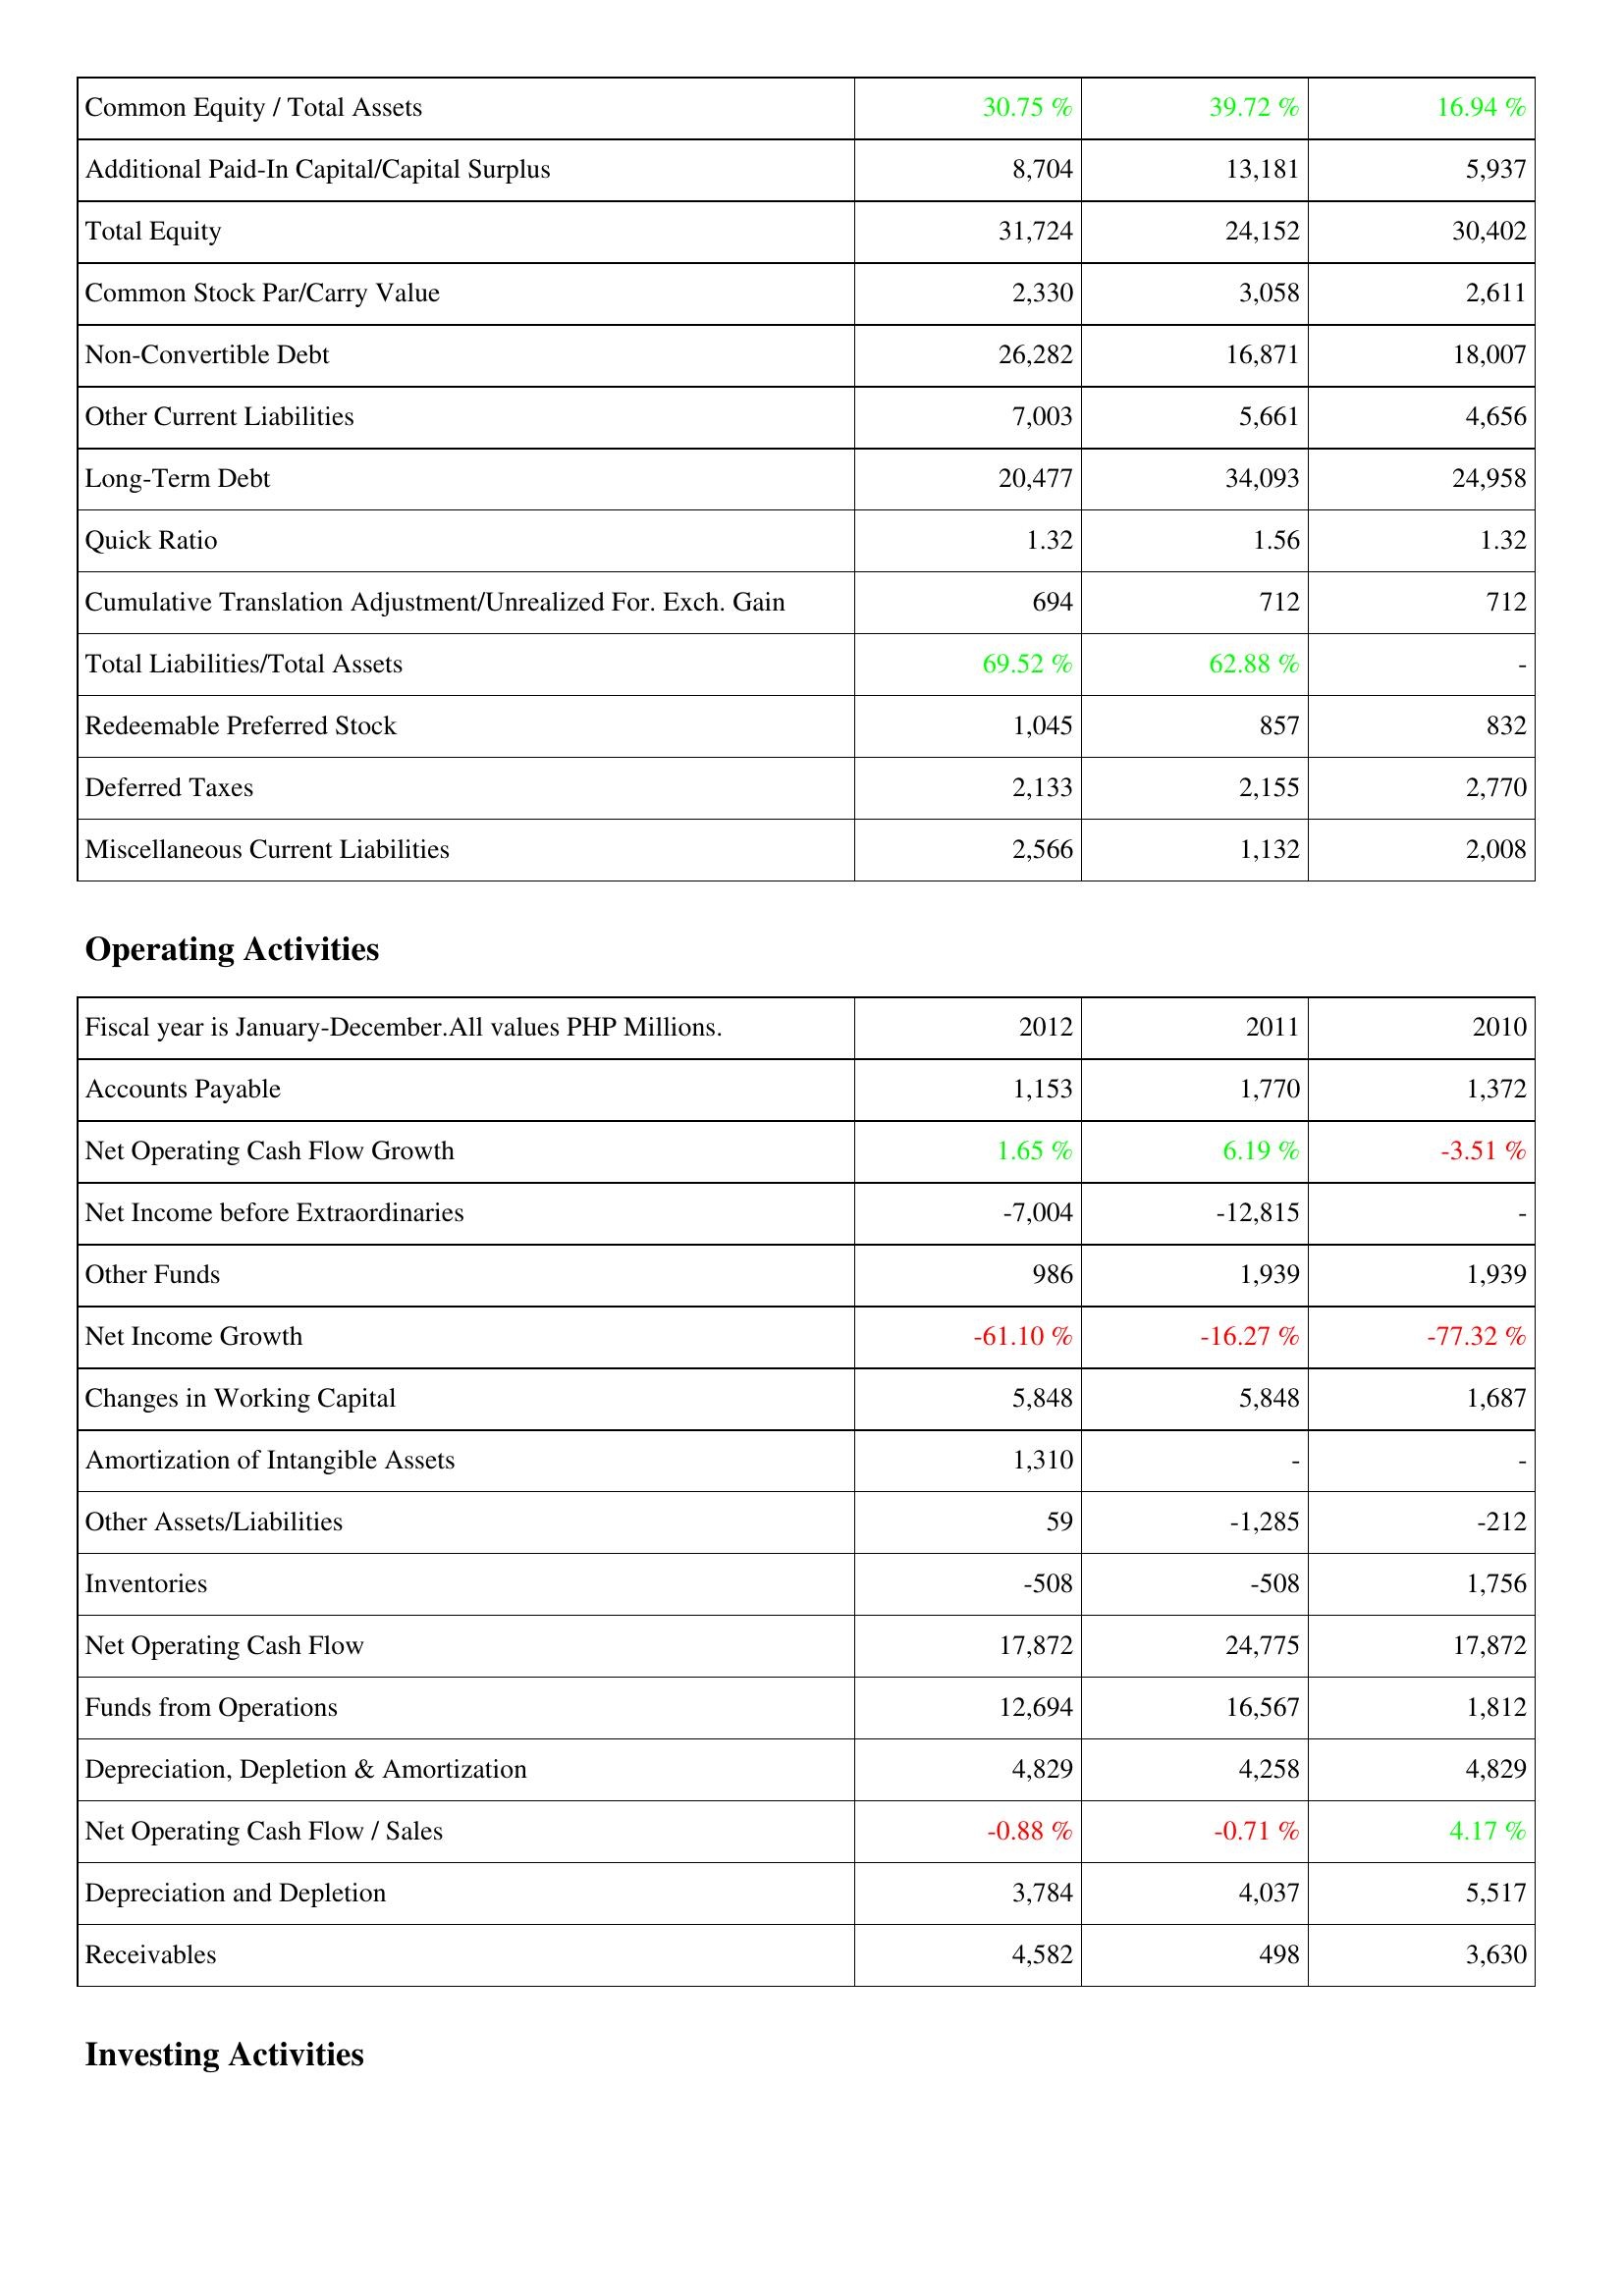
2012: Liabilities & Shareholders' Equity: Common Equity / Total Assets: 30.75 %
Additional Paid-In Capital/Capital Surplus: 8,704
Total Equity: 31,724
Common Stock Par/Carry Value: 2,330
Non-Convertible Debt: 26,282
Other Current Liabilities: 7,003
Long-Term Debt: 20,477
Quick Ratio: 1.32
Cumulative Translation Adjustment/Unrealized For. Exch. Gain: 694
Total Liabilities/Total Assets: 69.52 %
Redeemable Preferred Stock: 1,045
Deferred Taxes: 2,133
Miscellaneous Current Liabilities: 2,566
Operating Activities: Accounts Payable: 1,153
Net Operating Cash Flow Growth: 1.65 %
Net Income before Extraordinaries: -7,004
Other Funds: 986
Net Income Growth: -61.10 %
Changes in Working Capital: 5,848
Amortization of Intangible Assets: 1,310
Other Assets/Liabilities: 59
Inventories: -508
Net Operating Cash Flow: 17,872
Funds from Operations: 12,694
Depreciation, Depletion & Amortization: 4,829
Net Operating Cash Flow / Sales: -0.88 %
Depreciation and Depletion: 3,784
Receivables: 4,582
2011: Liabilities & Shareholders' Equity: Common Equity / Total Assets: 39.72 %
Additional Paid-In Capital/Capital Surplus: 13,181
Total Equity: 24,152
Common Stock Par/Carry Value: 3,058
Non-Convertible Debt: 16,871
Other Current Liabilities: 5,661
Long-Term Debt: 34,093
Quick Ratio: 1.56
Cumulative Translation Adjustment/Unrealized For. Exch. Gain: 712
Total Liabilities/Total Assets: 62.88 %
Redeemable Preferred Stock: 857
Deferred Taxes: 2,155
Miscellaneous Current Liabilities: 1,132
Operating Activities: Accounts Payable: 1,770
Net Operating Cash Flow Growth: 6.19 %
Net Income before Extraordinaries: -12,815
Other Funds: 1,939
Net Income Growth: -16.27 %
Changes in Working Capital: 5,848
Amortization of Intangible Assets: -
Other Assets/Liabilities: -1,285
Inventories: -508
Net Operating Cash Flow: 24,775
Funds from Operations: 16,567
Depreciation, Depletion & Amortization: 4,258
Net Operating Cash Flow / Sales: -0.71 %
Depreciation and Depletion: 4,037
Receivables: 498
2010: Liabilities & Shareholders' Equity: Common Equity / Total Assets: 16.94 %
Additional Paid-In Capital/Capital Surplus: 5,937
Total Equity: 30,402
Common Stock Par/Carry Value: 2,611
Non-Convertible Debt: 18,007
Other Current Liabilities: 4,656
Long-Term Debt: 24,958
Quick Ratio: 1.32
Cumulative Translation Adjustment/Unrealized For. Exch. Gain: 712
Total Liabilities/Total Assets: -
Redeemable Preferred Stock: 832
Deferred Taxes: 2,770
Miscellaneous Current Liabilities: 2,008
Operating Activities: Accounts Payable: 1,372
Net Operating Cash Flow Growth: -3.51 %
Net Income before Extraordinaries: -
Other Funds: 1,939
Net Income Growth: -77.32 %
Changes in Working Capital: 1,687
Amortization of Intangible Assets: -
Other Assets/Liabilities: -212
Inventories: 1,756
Net Operating Cash Flow: 17,872
Funds from Operations: 1,812
Depreciation, Depletion & Amortization: 4,829
Net Operating Cash Flow / Sales: 4.17 %
Depreciation and Depletion: 5,517
Receivables: 3,630